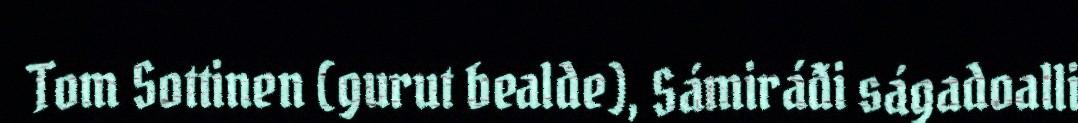
Tom Sottinen (gurut bealde), Sámiráđi ságadoalli